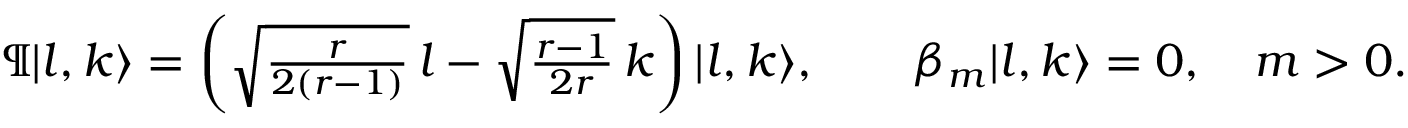
\P | l , k \rangle = \left( \sqrt { \textstyle { \frac { r } { 2 ( r - 1 ) } } } \, l - \sqrt { \textstyle { \frac { r - 1 } { 2 r } } } \, k \right) | l , k \rangle , \qquad \beta _ { m } | l , k \rangle = 0 , \quad m > 0 .